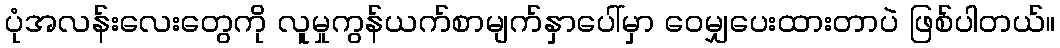
ပုံအလန်းလေးတွေကို လူမှုကွန်ယက်စာမျက်နှာပေါ်မှာ ဝေမျှပေးထားတာပဲ ဖြစ်ပါတယ်။